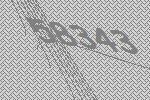
58343